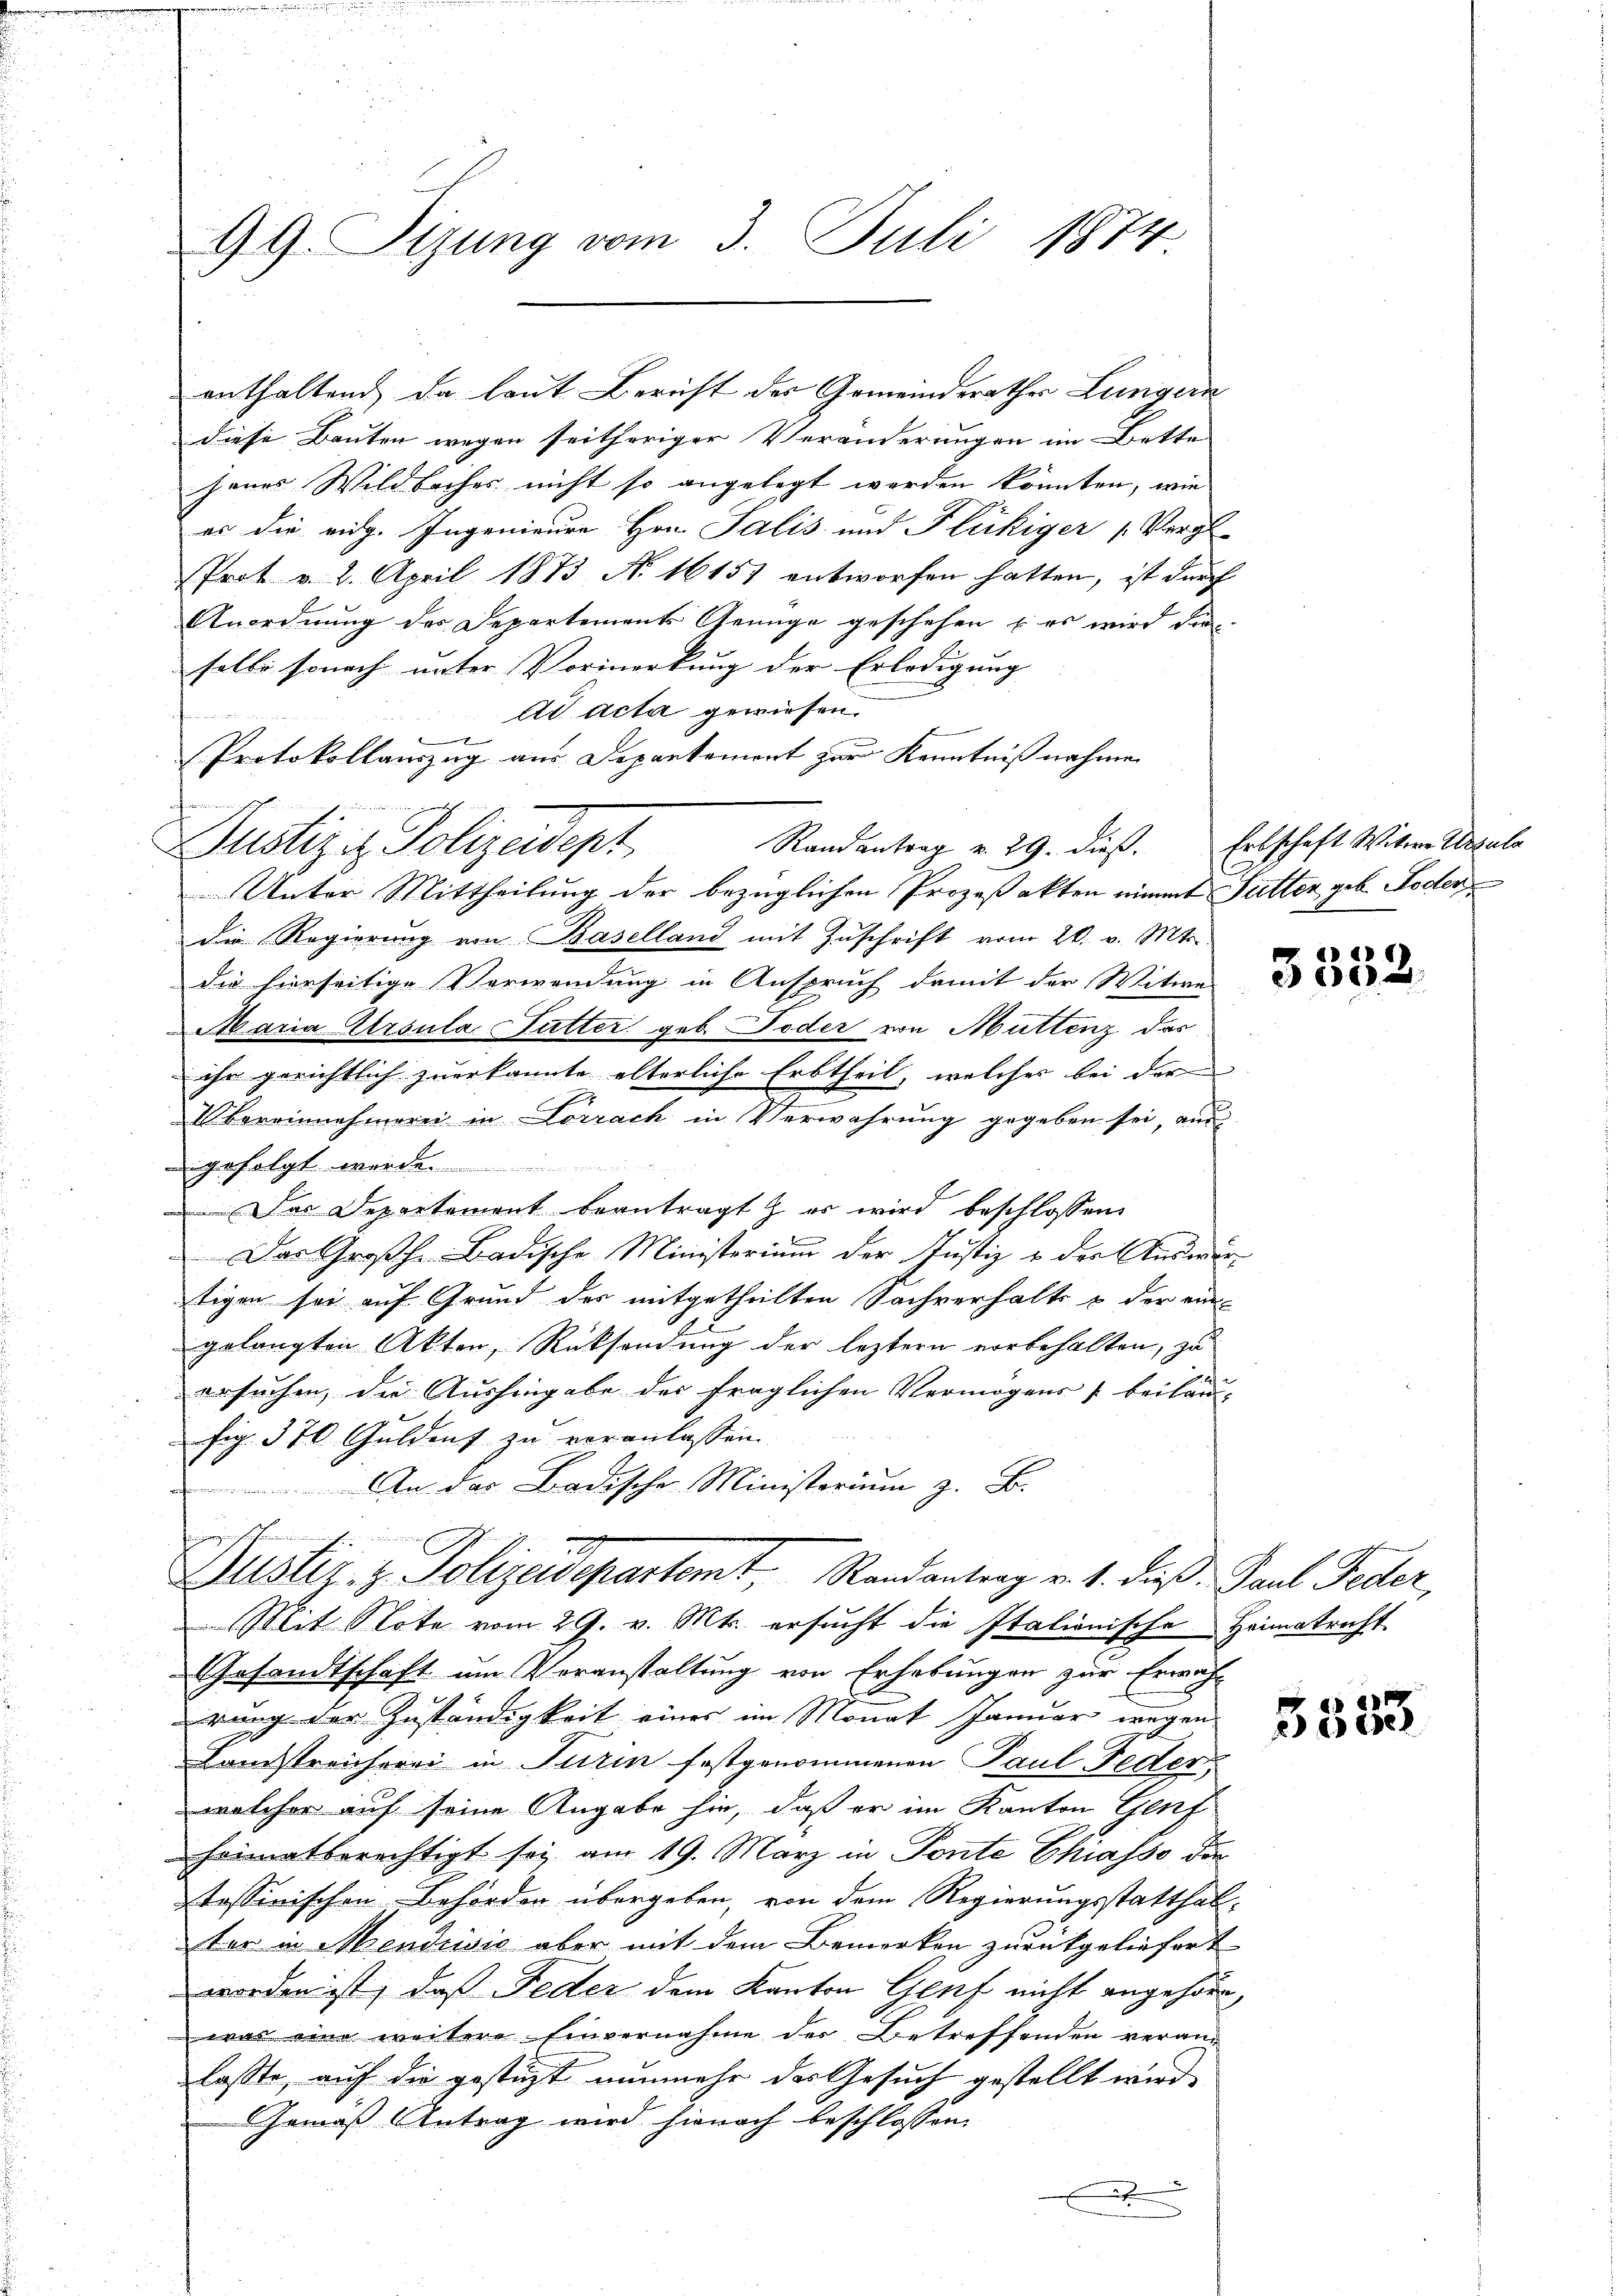
enthaltend da laut Bericht der Gemeinderathes Leingern
diese Bauten wegen seitheriger Veränderungen im Bette
jenes Wildbaches nicht so angelegt werden könnten, wie
es die eidg. Ingenieure Hrn. Salis und Flückiger „Vergl
Prot v. 2. April 1873 No 1615) entworfen hatten, ist durch
Anordnung des Departements Genüge geschehen u es wird die
selbe sonach unter Vormerkung der Erledigung
ad acta gewiesen.
f
8
Protokollauszug aus Departement zur Kenntniß nahmen

Randantrag v. 29. dieß.
Justiz- & Polizeidept
Unter Mittheilung der bezüglichen Prozeßakten nimmt Sutter geb. Foder
die Regierung von Baselland mit Zuschrift vom 20. v. Mts.
die hierseitige Verwendung in Anspruch damit der Witwe
Maria Ursula Futter geb. Jeder von Muttenz das
ihr gerichtlich zuerkannte alterliche Erbtheil, welches bei der
Übereinnehmerei in Lörrach in Verwahrung gegeben sei, ein
gefolgt werde.
Das Departement beantragt er wird beschlossen:
Das Großh. Badische Ministerium der Justiz & der Auswurtigen sei auf Grund des mitgetheilten Sachverhalts & der ein
gelangten Akten, Rücksendung der leztern vorbehalten, zu
ersuchen, die Aushingabe der fraglichen Vermögens [beiläu-
sig. 370 Guldent zu veranlassen.
An das Badische Ministerium z. B.
Dustiz & Polizeidepartemt. Randantrag v. 1. daß Paul Feder,
Mit Note vom 29. v. Mts. ersucht die Italionische Heimatricht
Gesandtschaft um Voranstaltung von Erhebungen zur Erwäh-
rung der Zuständigkeit eines im Monat Januar wegen
Landstreicherei in Turin festgenommenen Paul Feder
welcher auf seine Angabe hin, daß er im Kanton Genf
heimatberechtigt sei am 19. März in Ponte Chiasso die
tessinischen Behörden übergeben, von dem Regierungsstatthal-
ter in Mendrisis aber mit dem Bemerken zurückgeliefert
worden ist, daß Feder dem Kanton Genf nicht angehöre,
was eine weitere Einvernahme der Betreffenden veranlasste, auf die gestüzt nunmehr der Gesuch gestellt wird,
Gemäß Antrag wird hienach beschlossen:
.
.

99. Sizung vom 3. Juli 1874

Erbschaft Witwe Ursula

3352.

5333